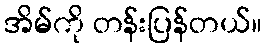
အိမ်ကို တန်းပြန်တယ်။